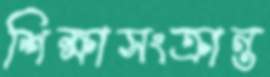
শিক্ষাসংক্রান্ত